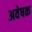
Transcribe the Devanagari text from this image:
अवेषक